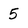
Character: 5